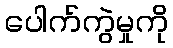
ပေါက်ကွဲမှုကို